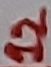
Text: 12